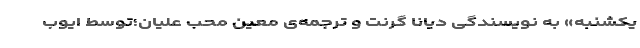
یکشنبه» به نویسندگی دیانا گرنت و ترجمه‌ی معین محب علیان؛توسط ایوب